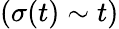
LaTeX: (\sigma(t)\sim t)